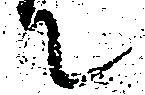
て